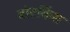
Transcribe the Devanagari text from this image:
बोटकिंस